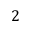
2